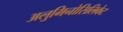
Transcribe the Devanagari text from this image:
अलुमिनोसिलिकेट